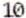
10